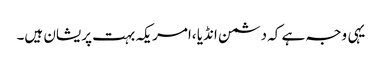
یہی وجہ ہے کہ دشمن انڈیا ،امریکہ بہت پریشان ہیں۔